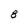
Character: 8